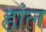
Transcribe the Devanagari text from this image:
हांल